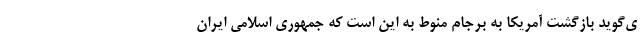
ی‌گوید بازگشت آمریکا به برجام منوط به این است که جمهوری اسلامی ایران